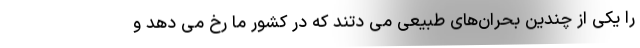
را یکی از چندین بحران‌های طبیعی می دتند که در کشور ما رخ می دهد و